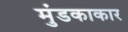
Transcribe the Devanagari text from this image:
मुंडकाकार